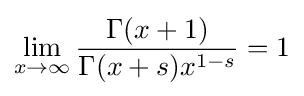
\lim _{x\to \infty }{\frac {\Gamma (x+1)}{\Gamma (x+s)x^{1-s}}}=1